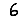
Digit: 6